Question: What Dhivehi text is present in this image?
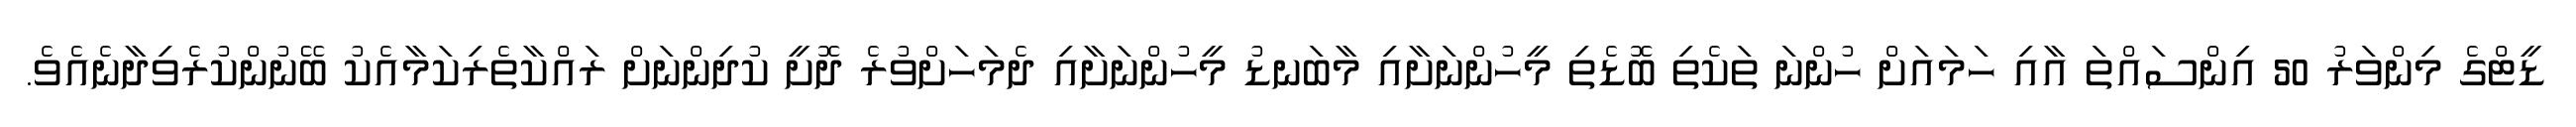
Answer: ޑީޓްގެ މިންވަރު 50 އިންސައްތަ އާއި ހަމައަށް ހުންނަ ތަކެތި ބޮޑެތި މީހުންނަށާއި މާބަނޑު މީހުންނަށާއި ދެމަހަށްވުރެ ދޮށީ ކުދިންނަށް ރައްކާތެރިކަމާއެކު ބޭނުންކުރެވިދާނެއެވެ.